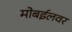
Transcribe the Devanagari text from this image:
मोबईलवर